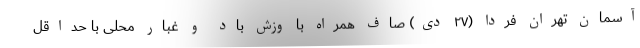
آسمان تهران فردا (۲۷ دی) صاف همراه با وزش باد و غبار محلی با حداقل